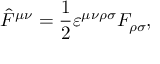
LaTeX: \hat { F } ^ { \mu \nu } = \frac { 1 } { 2 } \varepsilon ^ { \mu \nu \rho \sigma } F _ { \rho \sigma } ,